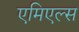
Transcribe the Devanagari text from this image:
एमिएल्स